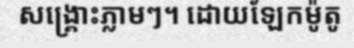
សង្គ្រោះភ្លាមៗ។ ដោយឡែកម៉ូតូ